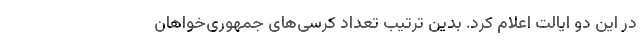
در این دو ایالت اعلام کرد. بدین ترتیب تعداد کرسی‌های جمهوری‌خواهان